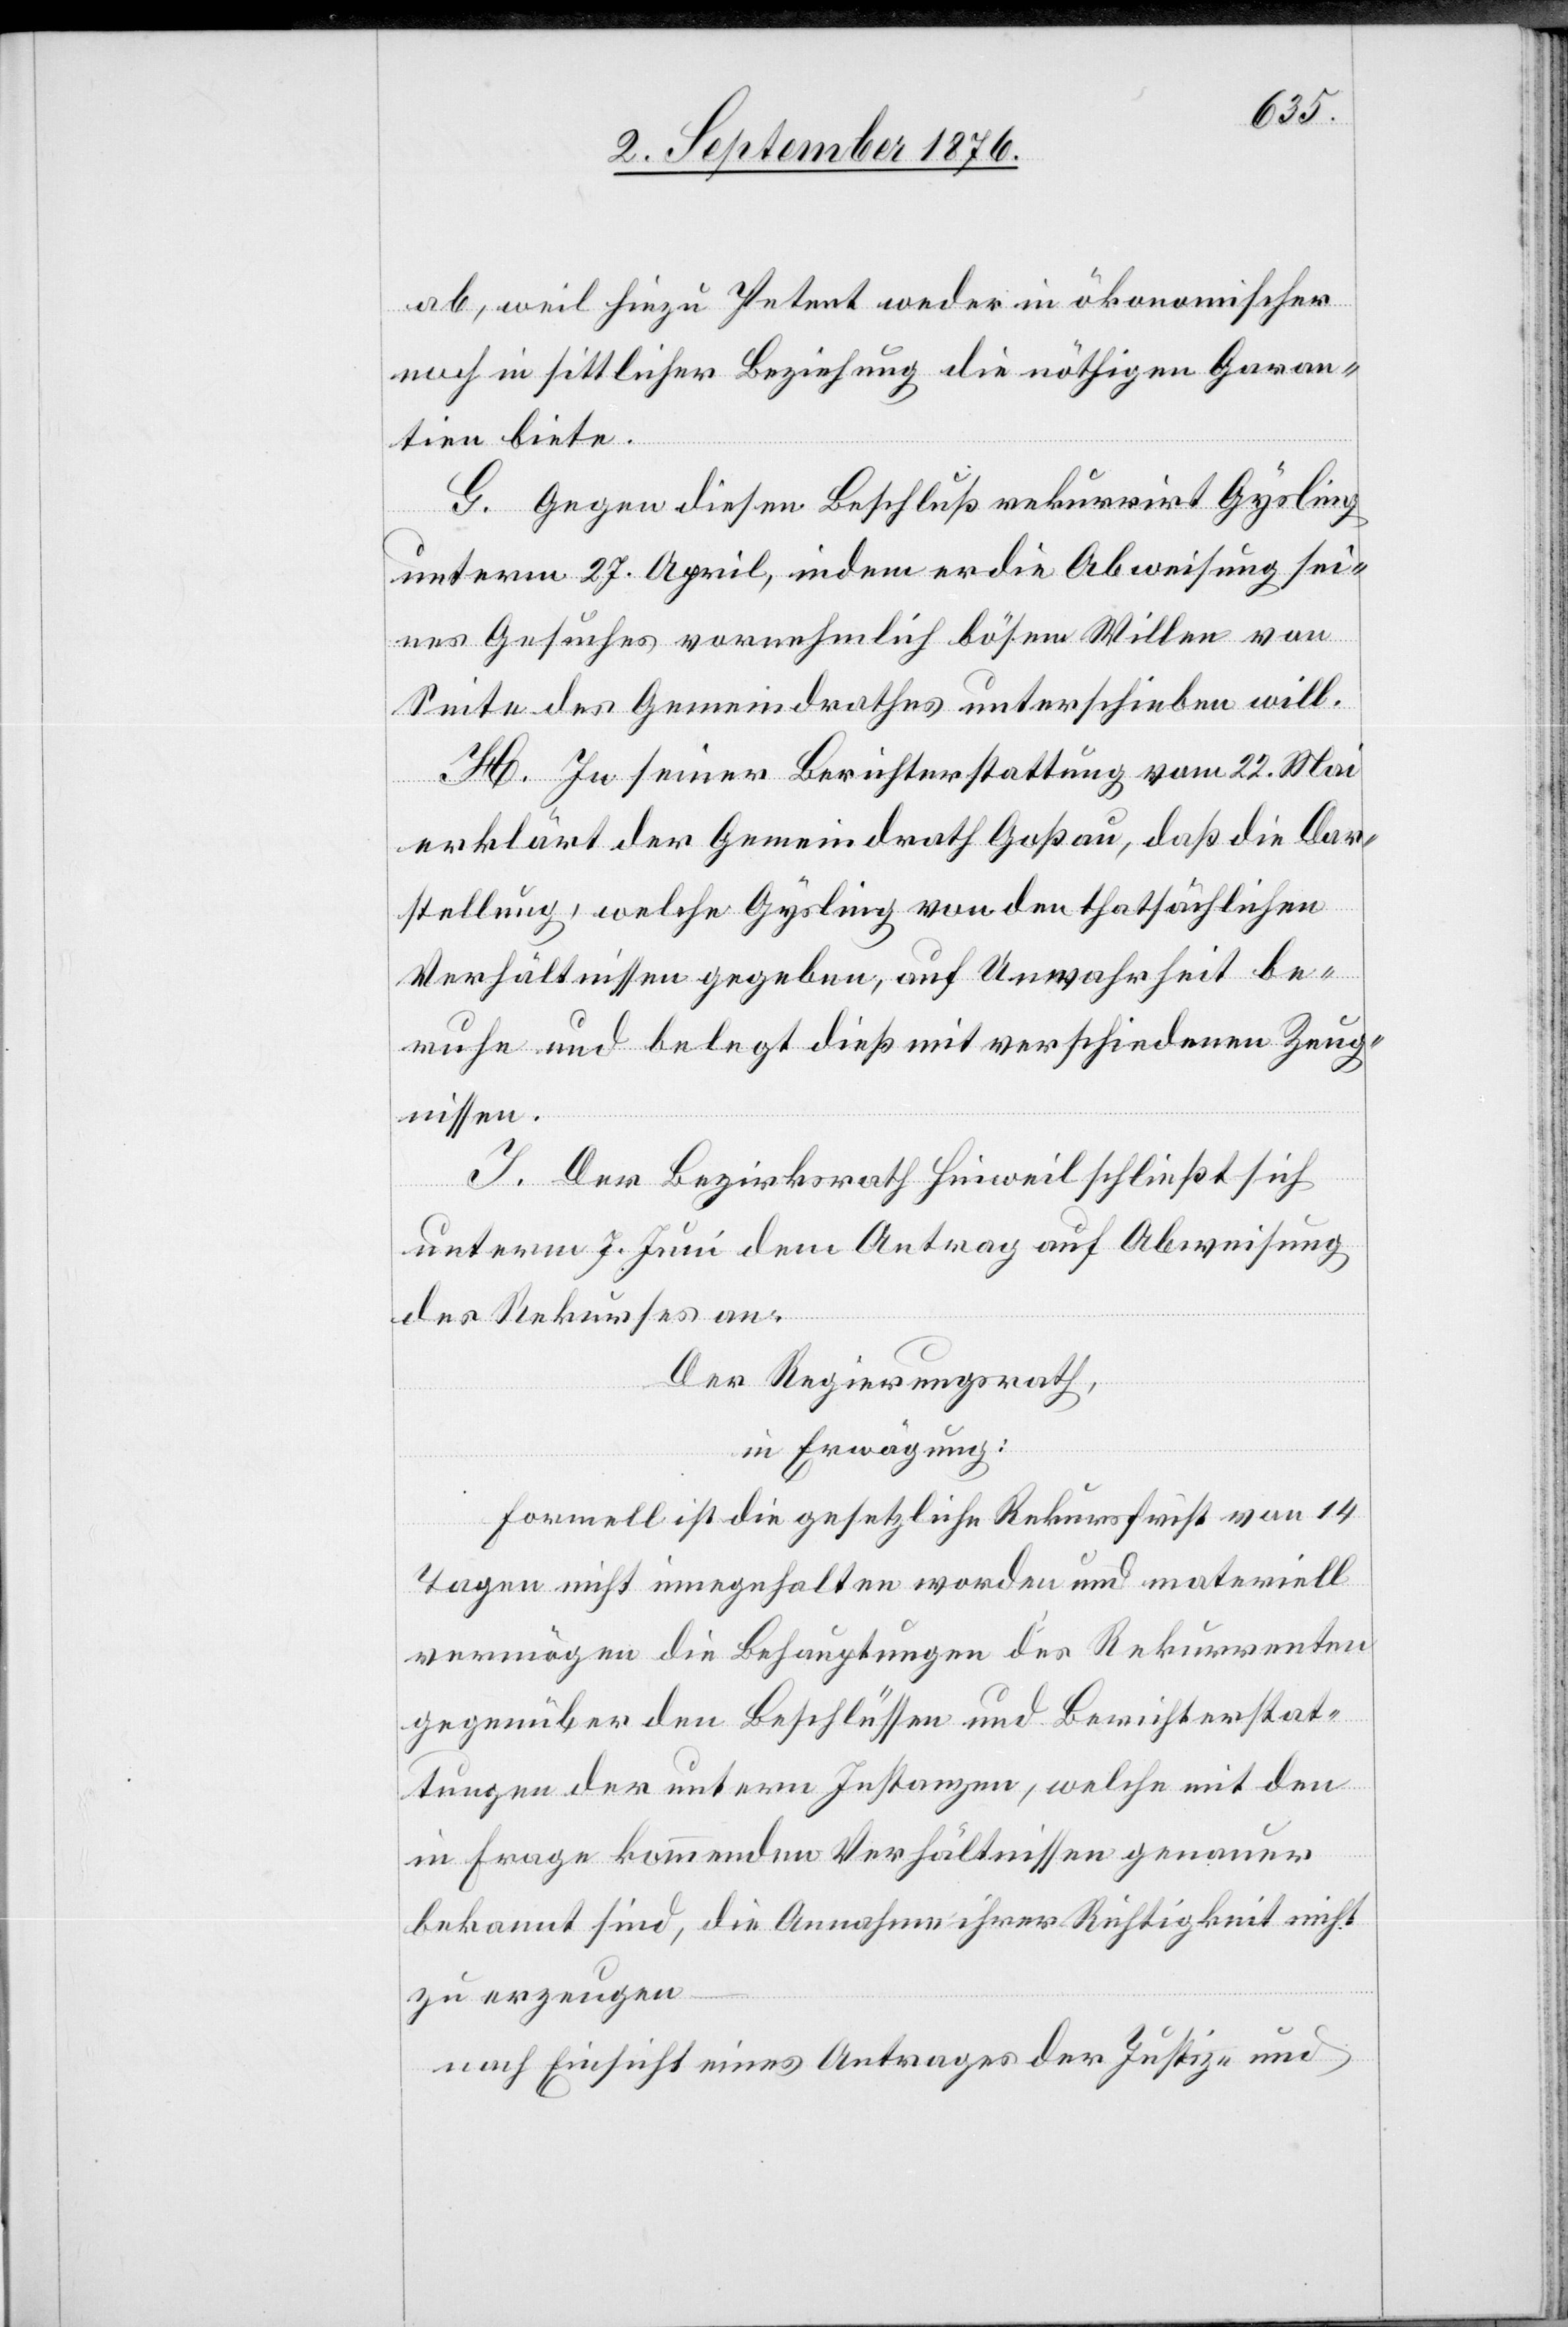
ab, weil hiezu Petent weder in ökonomischer
noch in sittlicher Beziehung die nöthigen Garan¬
tien biete.
G. Gegen diesen Beschluß rekurrirt Gysling
unterm 27. April, indem er die Abweisung sei¬
nes Gesuches vornehmlich bösem Willen von
Seite des Gemeindrathes unterschieben will.
H. In seiner Berichterstattung vom 22. Mai
erklärt der Gemeindrath Goßau, daß die Dar¬
stellung, welche Gysling von den thatsächlichen
Verhältnissen gegeben, auf Unwahrheit be¬
ruhe und belegt dieß mit verschiedenen Zeug¬
nissen.
I. Der Bezirksrath Hinweil schließt sich
unterm 7. Juni dem Antrag auf Abweisung
des Rekurses an.
Der Regierungsrath,
in Erwägung:
Formell ist die gesetzliche Rekursfrist von 14
Tagen nicht innegehalten worden und materiell
vermögen die Behauptungen des Rekurrenten
gegenüber den Beschlüssen und Berichterstat¬
tungen der untern Instanzen, welche mit den
in Frage kommenden Verhältnissen genauer
bekannt sind, die Annahme ihrer Richtigkeit nicht
zu erzeugen
nach Einsicht eines Antrages der Justiz- und